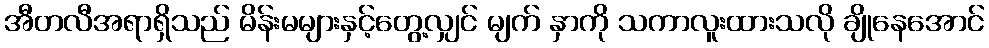
အီတလီအရာရှိသည် မိန်းမများနှင့်တွေ့လျှင် မျက် နှာကို သကာလူးထားသလို ချိုနေအောင်